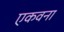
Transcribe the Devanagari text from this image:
एकवना